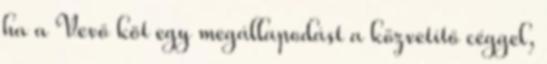
ha a Vevő köt egy megállapodást a közvetítő céggel,